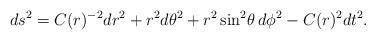
LaTeX: \begin{align*}ds^2= C(r)^{-2} dr^2+r^2 d\theta^2+r^2 \sin^2\!\theta\,d\phi^2- C(r)^2 dt^2.\end{align*}